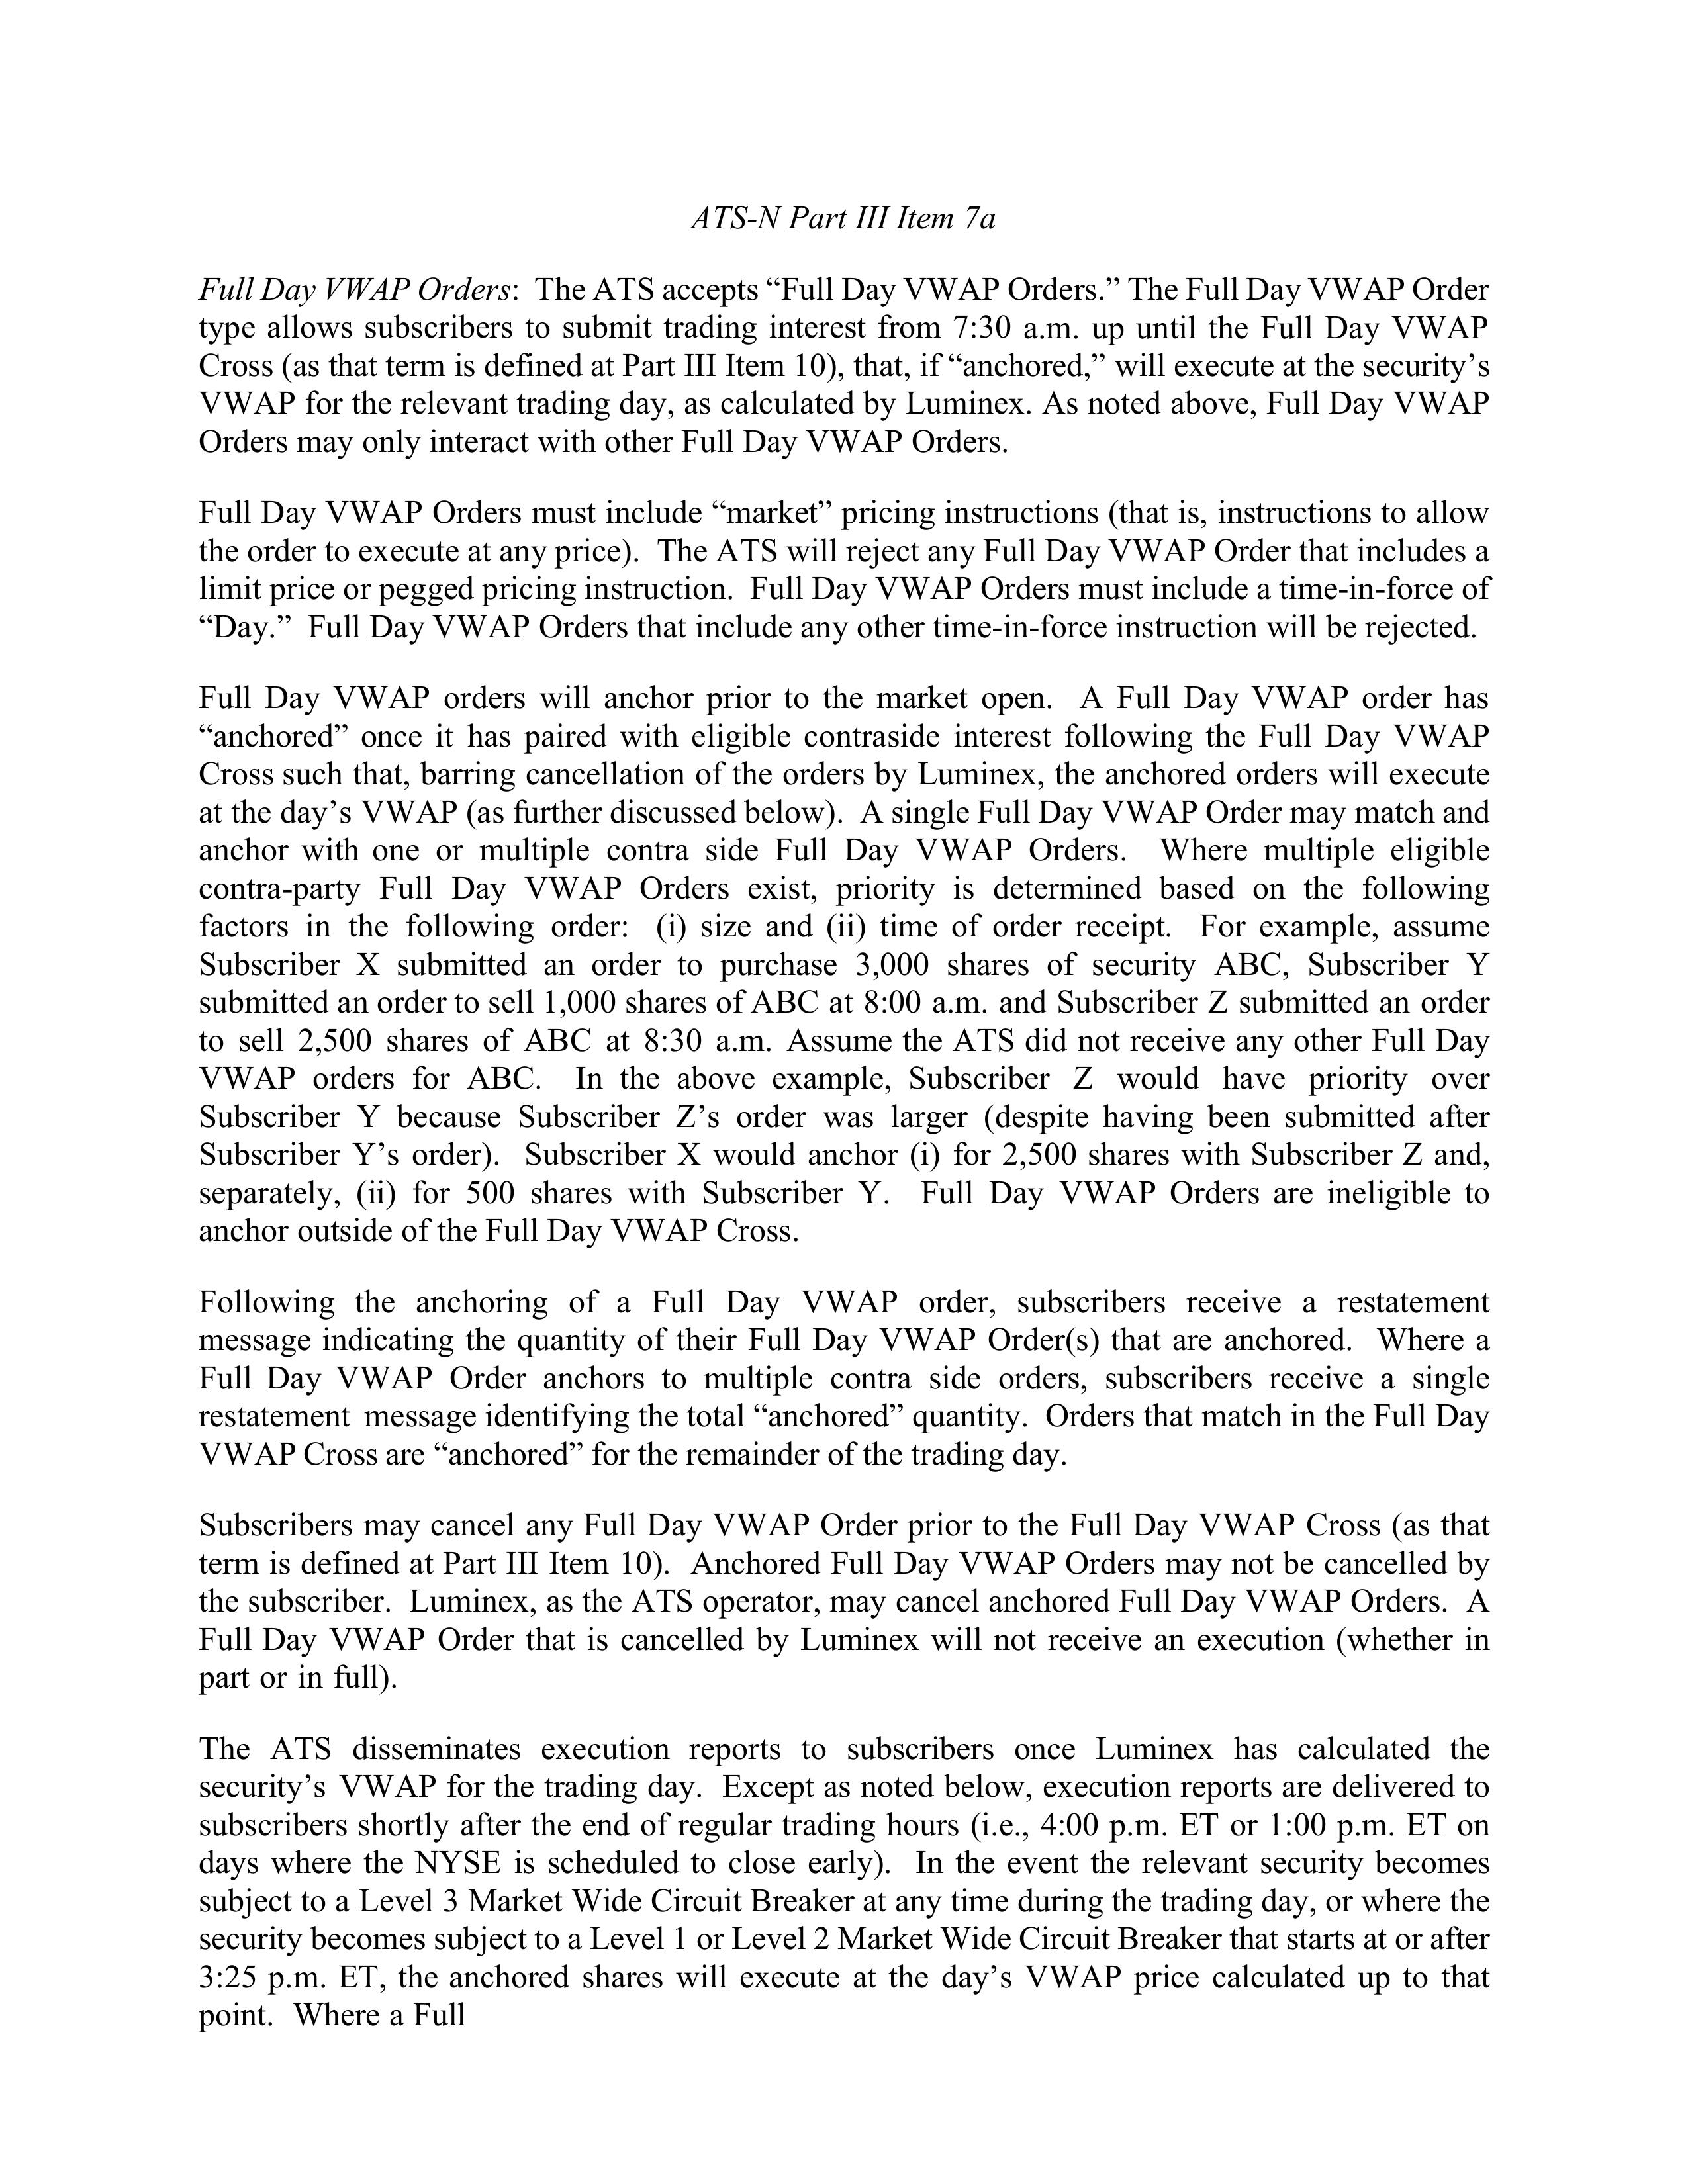
ATS-N Part III Item 7a

Full Day VWAP Orders: The ATS accepts “Full Day VWAP Orders.” The Full Day VWAP Order
type allows subscribers to submit trading interest from 7:30 a.m. up until the Full Day VWAP
Cross (as that term is defined at Part III Item 10), that, if “anchored,” will execute at the security’s
VWAP for the relevant trading day, as calculated by Luminex. As noted above, Full Day VWAP
Orders may only interact with other Full Day VWAP Orders.

Full Day VWAP Orders must include “market” pricing instructions (that is, instructions to allow
the order to execute at any price). The ATS will reject any Full Day VWAP Order that includes a
limit price or pegged pricing instruction. Full Day VWAP Orders must include a time-in-force of
“Day.” Full Day VWAP Orders that include any other time-in-force instruction will be rejected.

Full Day VWAP orders will anchor prior to the market open. A Full Day VWAP order has
“anchored” once it has paired with eligible contraside interest following the Full Day VWAP
Cross such that, barring cancellation of the orders by Luminex, the anchored orders will execute
at the day’s VWAP (as further discussed below). A single Full Day VWAP Order may match and
anchor with one or multiple contra side Full Day VWAP Orders. Where multiple eligible
contra-party Full Day VWAP Orders exist, priority is determined based on the following
factors in the following order: (i) size and (ii) time of order receipt. For example, assume
Subscriber X submitted an order to purchase 3,000 shares of security ABC, Subscriber Y
submitted an order to sell 1,000 shares of ABC at 8:00 a.m. and Subscriber Z submitted an order
to sell 2,500 shares of ABC at 8:30 a.m. Assume the ATS did not receive any other Full Day
VWAP orders for ABC. In the above example, Subscriber Z would have priority over
Subscriber Y because Subscriber Z’s order was larger (despite having been submitted after
Subscriber Y’s order). Subscriber X would anchor (i) for 2,500 shares with Subscriber Z and,
separately, (ii) for 500 shares with Subscriber Y. Full Day VWAP Orders are ineligible to
anchor outside of the Full Day VWAP Cross.

Following the anchoring of a Full Day VWAP order, subscribers receive a restatement
message indicating the quantity of their Full Day VWAP Order(s) that are anchored. Where a
Full Day VWAP Order anchors to multiple contra side orders, subscribers receive a single
restatement message identifying the total “anchored” quantity. Orders that match in the Full Day
VWAP Cross are “anchored” for the remainder of the trading day.

Subscribers may cancel any Full Day VWAP Order prior to the Full Day VWAP Cross (as that
term is defined at Part III Item 10). Anchored Full Day VWAP Orders may not be cancelled by
the subscriber. Luminex, as the ATS operator, may cancel anchored Full Day VWAP Orders. A
Full Day VWAP Order that is cancelled by Luminex will not receive an execution (whether in
part or in full).

The ATS disseminates execution reports to subscribers once Luminex has calculated the
security’s VWAP for the trading day. Except as noted below, execution reports are delivered to
subscribers shortly after the end of regular trading hours (i.e., 4:00 p.m. ET or 1:00 p.m. ET on
days where the NYSE is scheduled to close early). In the event the relevant security becomes
subject to a Level 3 Market Wide Circuit Breaker at any time during the trading day, or where the
security becomes subject to a Level 1 or Level 2 Market Wide Circuit Breaker that starts at or after
3:25 p.m. ET, the anchored shares will execute at the day’s VWAP price calculated up to that
point. Where a Full